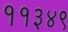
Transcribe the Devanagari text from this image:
११३४९